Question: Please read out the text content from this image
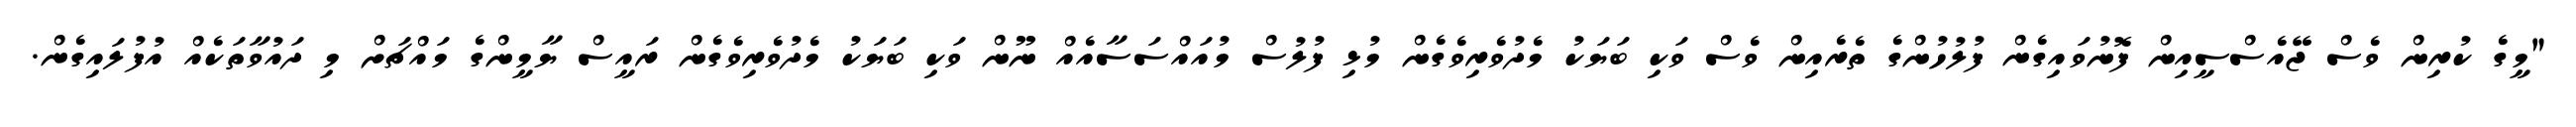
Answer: "މީގެ ކުރިން ވެސް ޖޭއެސްސީއިން ފޮނުވައިގެން ފުލުހުންގެ ތެރެއިން ވެސް ވަކި ބަޔަކު މެދުވެރިވެގެން މުޅި ފުލުސް މުއައްސަސާއެއް ނޫން ވަކި ބަޔަކު މެދުވެރިވެގެން ރައީސް ޔާމީންގެ މައްޗަށް މި ދައުވާތަކެއް އުފުލައިގެން.